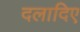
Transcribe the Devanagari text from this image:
दलादिए